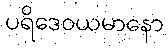
ပရိဒေဝယမာနော